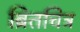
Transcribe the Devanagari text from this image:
ब्रितचित्र